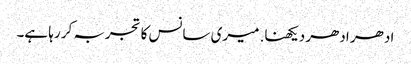
ادھر ادھر دیکھنا. میری سانس کا تجربہ کر رہا ہے۔